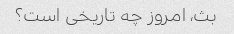
بث، امروز چه تاریخی است؟